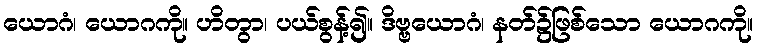
ယောဂံ၊ ယောဂကို။ ဟိတွာ၊ ပယ်စွန့်၍။ ဒိဗ္ဗယောဂံ၊ နတ်၌ဖြစ်သော ယောဂကို။